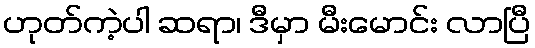
ဟုတ်ကဲ့ပါ ဆရာ၊ ဒီမှာ မီးမောင်း လာပြီ